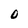
Character: 0